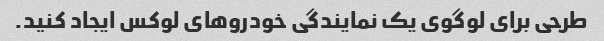
طرحی برای لوگوی یک نمایندگی خودروهای لوکس ایجاد کنید.